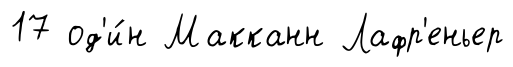
17 од'и́н Макканн Лафр'еньер